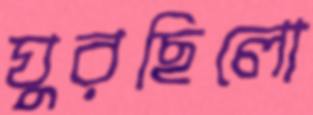
ঘুরছিলো